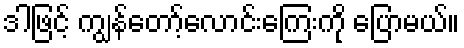
ဒါဖြင့် ကျွန်တော့်လောင်းကြေးကို ပြောမယ်။